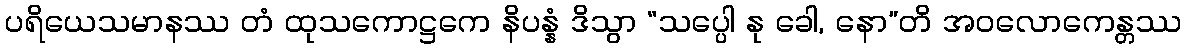
ပရိယေသမာနဿ တံ ထုသကောဋ္ဌကေ နိပန္နံ ဒိသွာ “သပ္ပေါ နု ခေါ, နော”တိ အဝလောကေန္တဿ